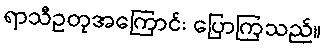
ရာသီဥတုအကြောင်း ပြောကြသည်။